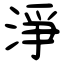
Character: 淨